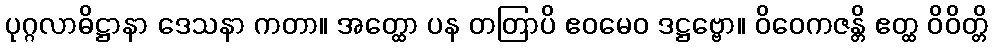
ပုဂ္ဂလာဓိဋ္ဌာနာ ဒေသနာ ကတာ။ အတ္ထော ပန တတြာပိ ဧဝမေဝ ဒဋ္ဌဗ္ဗော။ ဝိဝေကဇန္တိ ဧတ္ထ ဝိဝိတ္တိ